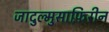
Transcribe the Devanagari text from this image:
जादुल्मुसाफ़िरीन